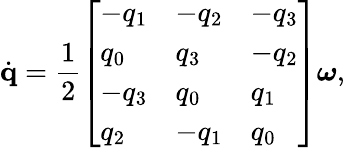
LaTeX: \dot{\mathbf{q}}=\frac{1}{2}\left[\begin{array}{lll}{-q_{1}}&{-q_{2}}&{-q_{3}}\\ {q_{0}}&{q_{3}}&{-q_{2}}\\ {-q_{3}}&{q_{0}}&{q_{1}}\\ {q_{2}}&{-q_{1}}&{q_{0}}\end{array}\right]\boldsymbol\omega,